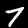
Label: 7